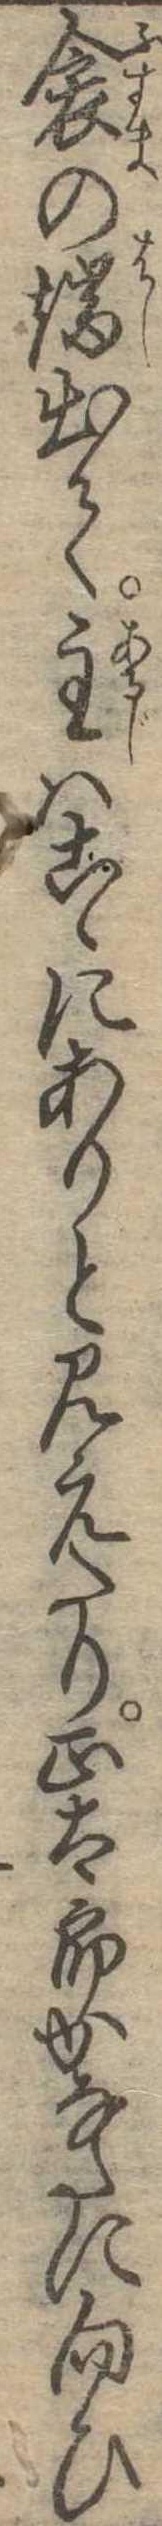
衾の端出て主はこゝにありと見えたり正太郎かなたに向ひ